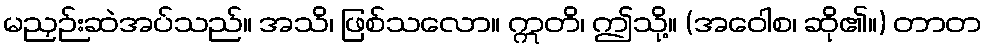
မညှဉ်းဆဲအပ်သည်။ အသိ၊ ဖြစ်သလော။ ဣတိ၊ ဤသို့။ (အဝေါစ၊ ဆို၏။) တာတ